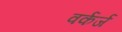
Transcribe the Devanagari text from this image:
वर्कर्ज